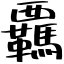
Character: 覊